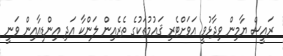
ރައީސް ޔާމިން ވިދާޅުވީ އަވަށްޓެރި ޤައުމުތަކުގެ ތެރެއިން ލަންކާ އަދި އިންޑިއާއިން ވަނީ